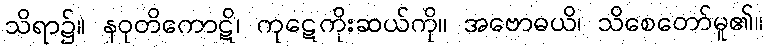
သိရာ၌။ နဝုတိကောဋိ၊ ကုဋေကိုးဆယ်ကို။ အဗောဓယိ၊ သိစေတော်မူ၏။